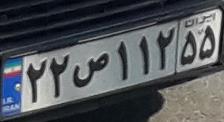
۲۲ص۱۱۲۵۵